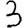
Digit: 3